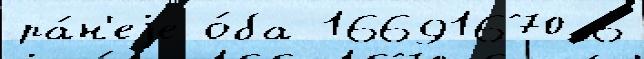
ра́н'еjе о́ба 16691670 6